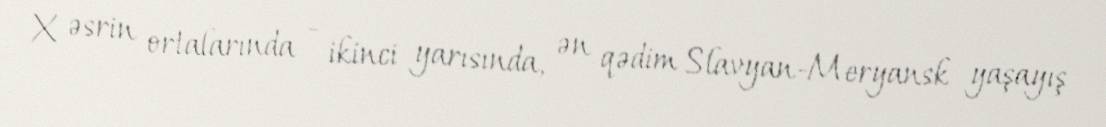
X əsrin ortalarında - ikinci yarısında, ən qədim Slavyan-Meryansk yaşayış